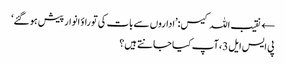
← نقیب اللہ کیس:’اداروں سے بات کی تو راؤ انوار پیش ہو گئے‘
پی ایس ایل 3، آپ کیا جانتے ہیں؟